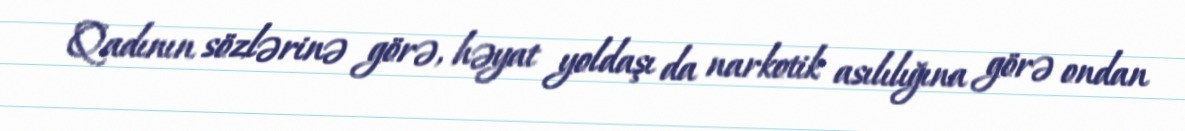
Qadının sözlərinə görə, həyat yoldaşı da narkotik asılılığına görə ondan